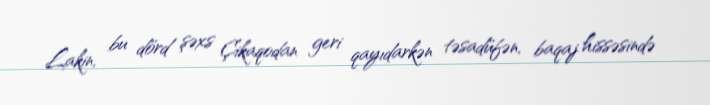
Lakin, bu dörd şəxs Çikaqodan geri qayıdarkən təsadüfən, baqaj hissəsində